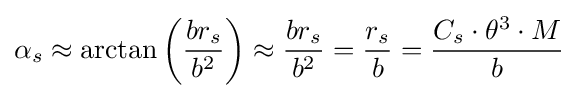
\alpha _{s}\approx \arctan \left({\frac {br_{s}}{b^{2}}}\right)\approx {\frac {br_{s}}{b^{2}}}={\frac {r_{s}}{b}}={\frac {C_{s}\cdot \theta ^{3}\cdot M}{b}}